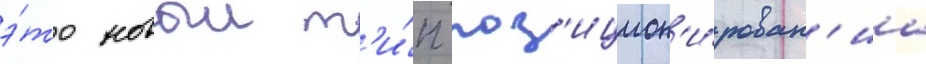
э́то новыи т'и́п поз'ицион'и́рован'иа